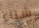
شتاء